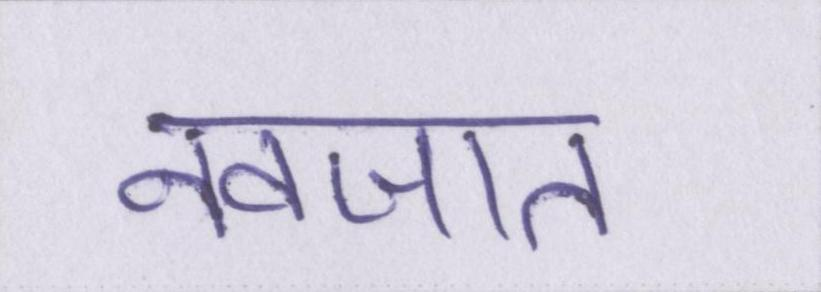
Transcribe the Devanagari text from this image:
नवजात